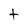
Character: t